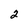
Character: 2